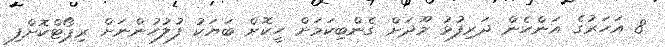
8 އަހަރުގެ އަންހެން ދަރިފުޅު މޫދަށް ގެންބިކަމަށް ހީކޮށް ބަޔަކު ފުލުހުންނަށް ރިޕޯޓްކޮށްފި